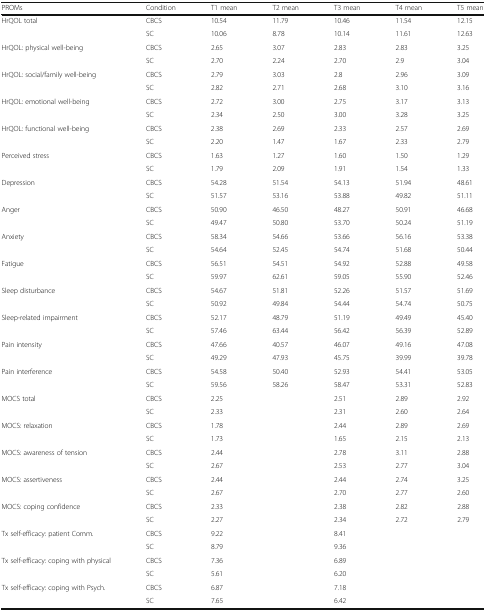
<table><thead><tr><td><b>PROMs</b></td><td><b>Condition</b></td><td><b>T1 mean</b></td><td><b>T2 mean</b></td><td><b>T3 mean</b></td><td><b>T4 mean</b></td><td><b>T5 mean</b></td></tr></thead><tbody><tr><td rowspan="2">HrQOL total</td><td>CBCS</td><td>10.54</td><td>11.79</td><td>10.46</td><td>11.54</td><td>12.15</td></tr><tr><td>SC</td><td>10.06</td><td>8.78</td><td>10.14</td><td>11.61</td><td>12.63</td></tr><tr><td rowspan="2">HrQOL: physical well-being</td><td>CBCS</td><td>2.65</td><td>3.07</td><td>2.83</td><td>2.83</td><td>3.25</td></tr><tr><td>SC</td><td>2.70</td><td>2.24</td><td>2.70</td><td>2.9</td><td>3.04</td></tr><tr><td rowspan="2">HrQOL: social/family well-being</td><td>CBCS</td><td>2.79</td><td>3.03</td><td>2.8</td><td>2.96</td><td>3.09</td></tr><tr><td>SC</td><td>2.82</td><td>2.71</td><td>2.68</td><td>3.10</td><td>3.16</td></tr><tr><td rowspan="2">HrQOL: emotional well-being</td><td>CBCS</td><td>2.72</td><td>3.00</td><td>2.75</td><td>3.17</td><td>3.13</td></tr><tr><td>SC</td><td>2.34</td><td>2.50</td><td>3.00</td><td>3.28</td><td>3.25</td></tr><tr><td rowspan="2">HrQOL: functional well-being</td><td>CBCS</td><td>2.38</td><td>2.69</td><td>2.33</td><td>2.57</td><td>2.69</td></tr><tr><td>SC</td><td>2.20</td><td>1.47</td><td>1.67</td><td>2.33</td><td>2.79</td></tr><tr><td rowspan="2">Perceived stress</td><td>CBCS</td><td>1.63</td><td>1.27</td><td>1.60</td><td>1.50</td><td>1.29</td></tr><tr><td>SC</td><td>1.79</td><td>2.09</td><td>1.91</td><td>1.54</td><td>1.33</td></tr><tr><td rowspan="2">Depression</td><td>CBCS</td><td>54.28</td><td>51.54</td><td>54.13</td><td>51.94</td><td>48.61</td></tr><tr><td>SC</td><td>51.57</td><td>53.16</td><td>53.88</td><td>49.82</td><td>51.11</td></tr><tr><td rowspan="2">Anger</td><td>CBCS</td><td>50.90</td><td>46.50</td><td>48.27</td><td>50.91</td><td>46.68</td></tr><tr><td>SC</td><td>49.47</td><td>50.80</td><td>53.70</td><td>50.24</td><td>51.19</td></tr><tr><td rowspan="2">Anxiety</td><td>CBCS</td><td>58.34</td><td>54.66</td><td>53.66</td><td>56.16</td><td>53.38</td></tr><tr><td>SC</td><td>54.64</td><td>52.45</td><td>54.74</td><td>51.68</td><td>50.44</td></tr><tr><td rowspan="2">Fatigue</td><td>CBCS</td><td>56.51</td><td>54.51</td><td>54.92</td><td>52.88</td><td>49.58</td></tr><tr><td>SC</td><td>59.97</td><td>62.61</td><td>59.05</td><td>55.90</td><td>52.46</td></tr><tr><td rowspan="2">Sleep disturbance</td><td>CBCS</td><td>54.67</td><td>51.81</td><td>52.26</td><td>51.57</td><td>51.69</td></tr><tr><td>SC</td><td>50.92</td><td>49.84</td><td>54.44</td><td>54.74</td><td>50.75</td></tr><tr><td rowspan="2">Sleep-related impairment</td><td>CBCS</td><td>52.17</td><td>48.79</td><td>51.19</td><td>49.49</td><td>45.40</td></tr><tr><td>SC</td><td>57.46</td><td>63.44</td><td>56.42</td><td>56.39</td><td>52.89</td></tr><tr><td rowspan="2">Pain intensity</td><td>CBCS</td><td>47.66</td><td>40.57</td><td>46.07</td><td>49.16</td><td>47.08</td></tr><tr><td>SC</td><td>49.29</td><td>47.93</td><td>45.75</td><td>39.99</td><td>39.78</td></tr><tr><td rowspan="2">Pain interference</td><td>CBCS</td><td>54.58</td><td>50.40</td><td>52.93</td><td>54.41</td><td>53.05</td></tr><tr><td>SC</td><td>59.56</td><td>58.26</td><td>58.47</td><td>53.31</td><td>52.83</td></tr><tr><td rowspan="2">MOCS total</td><td>CBCS</td><td>2.25</td><td></td><td>2.51</td><td>2.89</td><td>2.92</td></tr><tr><td>SC</td><td>2.33</td><td></td><td>2.31</td><td>2.60</td><td>2.64</td></tr><tr><td rowspan="2">MOCS: relaxation</td><td>CBCS</td><td>1.78</td><td></td><td>2.44</td><td>2.89</td><td>2.69</td></tr><tr><td>SC</td><td>1.73</td><td></td><td>1.65</td><td>2.15</td><td>2.13</td></tr><tr><td rowspan="2">MOCS: awareness of tension</td><td>CBCS</td><td>2.44</td><td></td><td>2.78</td><td>3.11</td><td>2.88</td></tr><tr><td>SC</td><td>2.67</td><td></td><td>2.53</td><td>2.77</td><td>3.04</td></tr><tr><td rowspan="2">MOCS: assertiveness</td><td>CBCS</td><td>2.44</td><td></td><td>2.44</td><td>2.74</td><td>3.25</td></tr><tr><td>SC</td><td>2.67</td><td></td><td>2.70</td><td>2.77</td><td>2.60</td></tr><tr><td rowspan="2">MOCS: coping confidence</td><td>CBCS</td><td>2.33</td><td></td><td>2.38</td><td>2.82</td><td>2.88</td></tr><tr><td>SC</td><td>2.27</td><td></td><td>2.34</td><td>2.72</td><td>2.79</td></tr><tr><td rowspan="2">Tx self-efficacy: patient Comm.</td><td>CBCS</td><td>9.22</td><td></td><td>8.41</td><td></td><td></td></tr><tr><td>SC</td><td>8.79</td><td></td><td>9.36</td><td></td><td></td></tr><tr><td rowspan="2">Tx self-efficacy: coping with physical</td><td>CBCS</td><td>7.36</td><td></td><td>6.89</td><td></td><td></td></tr><tr><td>SC</td><td>5.61</td><td></td><td>6.20</td><td></td><td></td></tr><tr><td rowspan="2">Tx self-efficacy: coping with Psych.</td><td>CBCS</td><td>6.87</td><td></td><td>7.18</td><td></td><td></td></tr><tr><td>SC</td><td>7.65</td><td></td><td>6.42</td><td></td><td></td></tr></tbody></table>